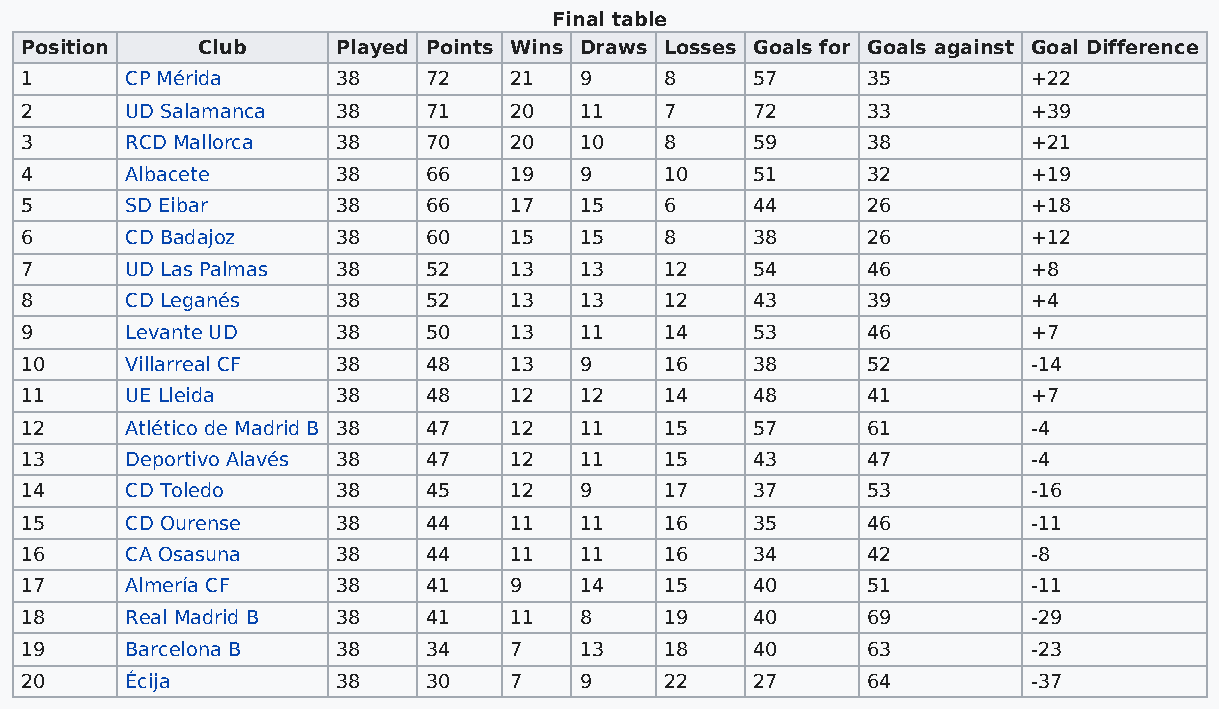
Final table
 Position    Club     Played Points Wins Draws Losses Goals for Goals against Goal Difference
 1      CP Mérida     38    72    21  9     8     57     35         +22
 2      UD Salamanca  38    71    20  11    7     72     33         +39
 3      RCD Mallorca  38    70    20  10    8     59     38         +21
 4      Albacete      38    66    19  9     10    51     32         +19
 5      SD Eibar      38    66    17  15    6     44     26         +18
 6      CD Badajoz    38    60    15  15    8     38     26         +12
 7      UD Las Palmas 38    52    13  13    12    54     46         +8
 8      CD Leganés    38    52    13  13    12    43     39         +4
 9      Levante UD    38    50    13  11    14    53     46         +7
 10     Villarreal CF 38    48    13  9     16    38     52         -14
 11     UE Lleida     38    48    12  12    14    48     41         +7
 12     Atlético de Madrid B 38 47 12 11    15    57     61         -4
 13     Deportivo Alavés 38 47    12  11    15    43     47         -4
 14     CD Toledo     38    45    12  9     17    37     53         -16
 15     CD Ourense    38    44    11  11    16    35     46         -11
 16     CA Osasuna    38    44    11  11    16    34     42         -8
 17     Almería CF    38    41    9   14    15    40     51         -11
 18     Real Madrid B 38    41    11  8     19    40     69         -29
 19     Barcelona B   38    34    7   13    18    40     63         -23
 20     Écija         38    30    7   9     22    27     64         -37